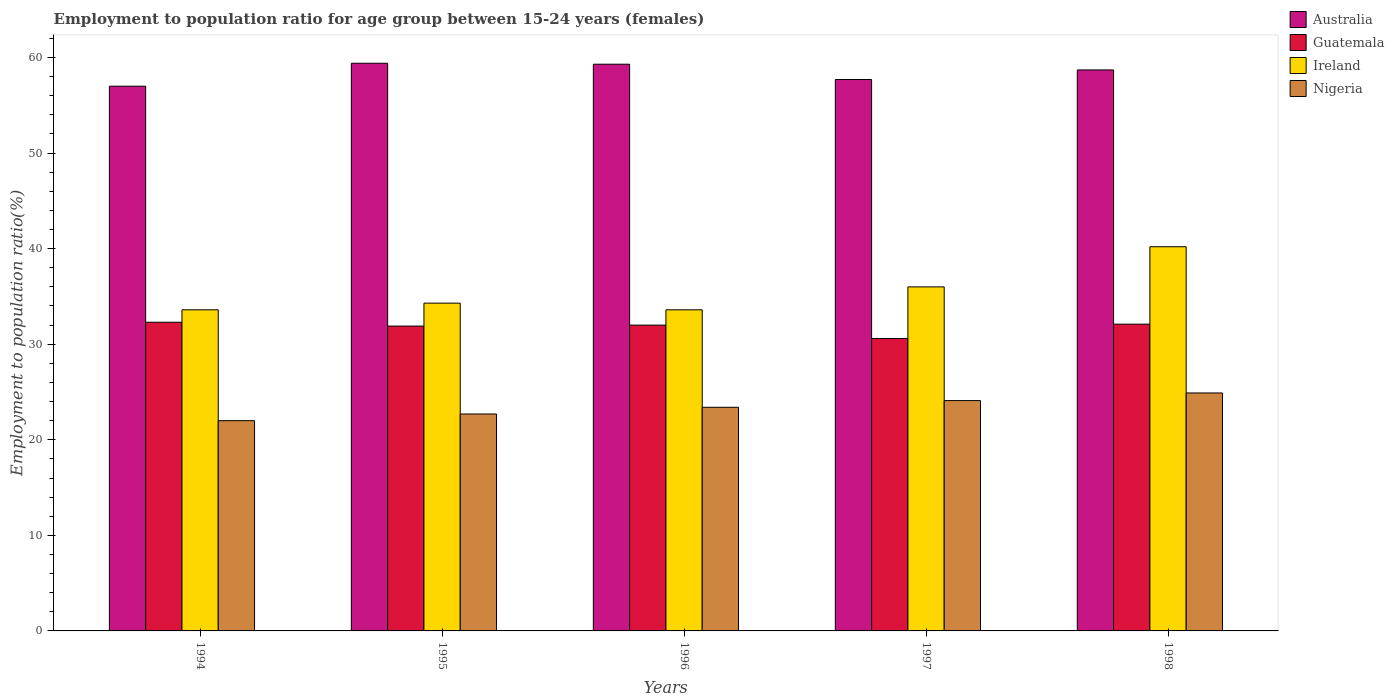
| Years | Australia | Guatemala | Ireland | Nigeria |
 | --- | --- | --- | --- | --- |
 | 1994 | 57 | 32.3 | 33.6 | 22 |
 | 1995 | 59.4 | 31.9 | 34.3 | 22.7 |
 | 1996 | 59.3 | 32 | 33.6 | 23.4 |
 | 1997 | 57.7 | 30.6 | 36 | 24.1 |
 | 1998 | 58.7 | 32.1 | 40.2 | 24.9 |